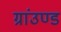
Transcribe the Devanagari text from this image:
ग्रांउण्ड